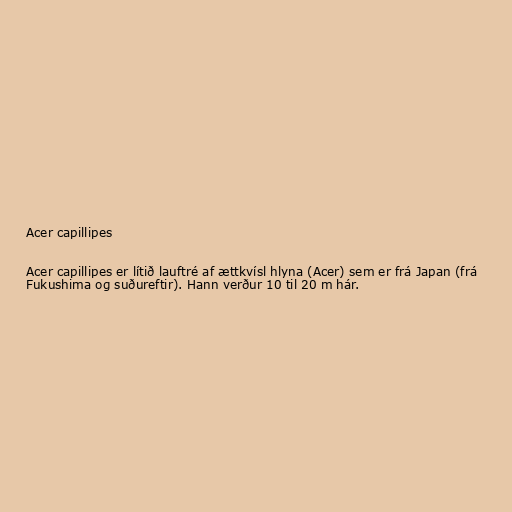
Acer capillipes

Acer capillipes er lítið lauftré af ættkvísl hlyna (Acer) sem er frá Japan (frá
Fukushima og suðureftir). Hann verður 10 til 20 m hár.